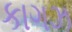
કાગઝ